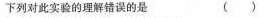
下列对此实验的理解错误的是 ( )